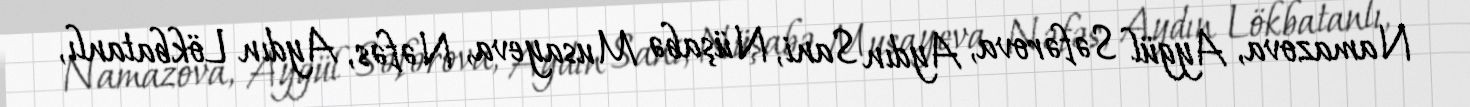
Namazova, Aygül Səfərova, Aydın Sani, Nüşabə Musayeva, Nəfəs, Aydın Lökbatanlı,